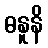
ဓနူနိ